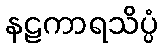
နဠကာရသိပ္ပံ